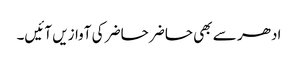
ادھر سے بھی حاضر حاضر کی آوازیں آئیں۔